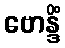
ဗောန္ဒိံ